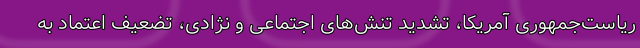
ریاست‌جمهوری آمریکا، تشدید تنش‌های اجتماعی و نژادی، تضعیف اعتماد به